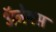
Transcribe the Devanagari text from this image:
अॅनेयस